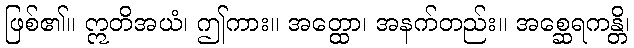
ဖြစ်၏။ ဣတိအယံ၊ ဤကား။ အတ္ထော၊ အနက်တည်း။ အစ္ဆေရကန္တိ၊